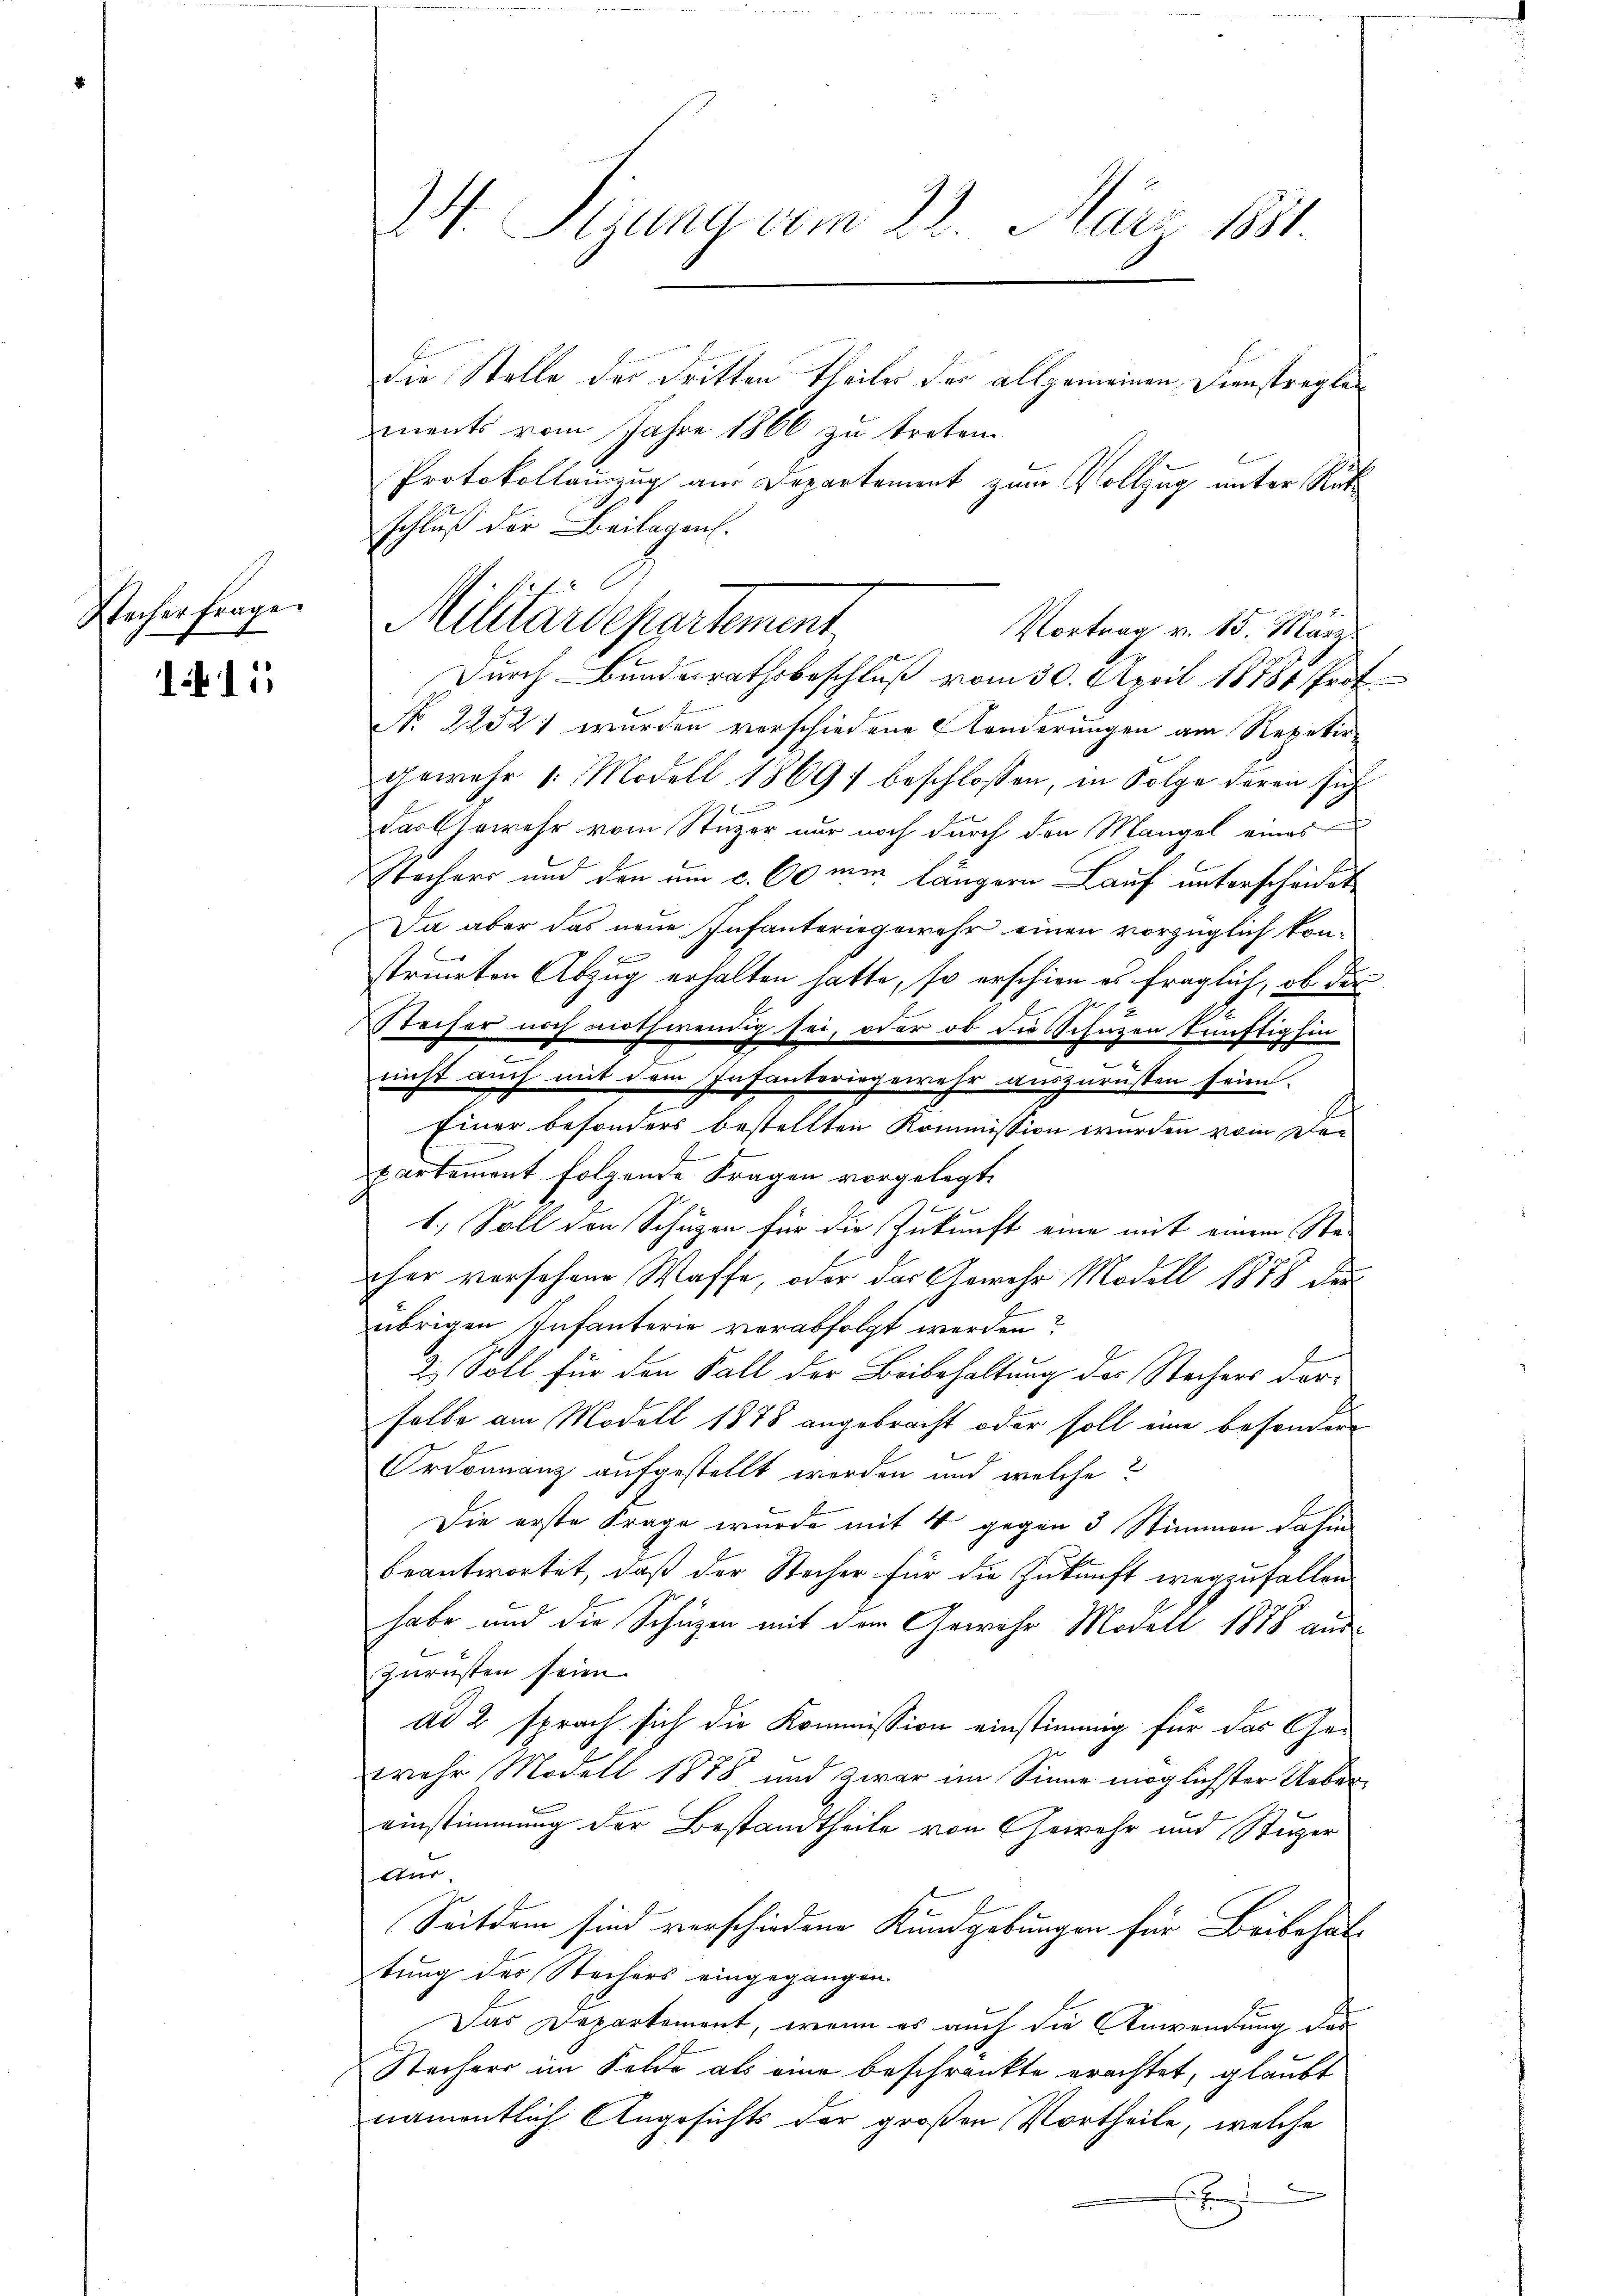
Wacherfrage

1 11

die Stelle der dritten Theile der allgemeinen Dienstreglements vom Jahre 1866 treten.
Protokollauszug aus Departement zum Vollzug unter Rütschluß der Beilagen.
Durch Bundesrathsbeschluß vom 30. April 18784 Prof.
No 22521 wurden verschiedene Kinderungen am Repetir-
gemehr 1. Modell 1869; beschlossen, in Folge deren sich
x
das Gewehr vom Stuzer nur noch durch den Mangel eines
Sachers und den um c. 60 ein längern Lauf unterscheidet
Da aber das neue Infanteriegewehr einen vorzüglich konstruieten Abzug erhalten hatte, so erschien es fraglich, ob der
Stecher noch nothwendig sei, oder ob die Schuzen künftighin
g
nicht auch mit dem Infanteriegewehr auszurüsten sein.
Einer besonders bestellten Kommission wurden vom Dor
partement folgende Fragen vorgelegt,
1.) Soll den Schüzen für die Zukunft eine mit einem Sta-
her versehene Waffe, oder das Gewehr Modell 1878 der
übrigen Infanterie verabfolgt werden?
2.) Soll für den Fall der Beibehaltung des Stechers derselbe am Modell 1878 angebracht oder soll eine besondern
Ordonnanz aufgestellt werden und welche
Die erste Frage wurde mit 4 gegen 3 Stimmen dahin
beantwortet, daß der Stecher für die Zukunft wegzufallen
habe und die Schuzen mit dem Gewehr Modell 1878 auszurüsten seien.
ad 2 sprach sich die Kommission einstimmig für das Ge-
wehr Modell 1878 und zwar im Sinne möglichster Uebereinstimmung der Bestandtheile von Gewehr und Stuzer
Aur,
Seitdem sind verschiedene Kundgebungen für Beibehal
tung des Stechers eingegangen.
Das Departement, wenn es auch die Anwendung das
Stechers im Felde als eine beschränkte erachtet, glaubt
namentlich Angesichts der großen Vortheile, welche
Eigen

M. Sizung vom 28. März 1881.

f
Militärdepartement
Vortrag v. 15. März